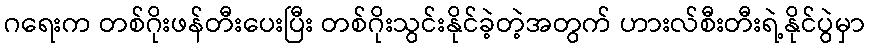
ဂရေးက တစ်ဂိုးဖန်တီးပေးပြီး တစ်ဂိုးသွင်းနိုင်ခဲ့တဲ့အတွက် ဟားလ်စီးတီးရဲ့နိုင်ပွဲမှာ